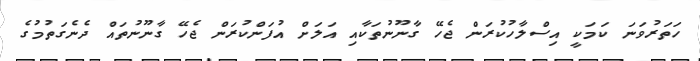
ހަތަރުވަނަ ކަމަކީ އިސްލާހުކުރަން ޖެހޭ ގާނޫނުތަކާއި އަލަށް އުފަންކުރަން ޖެހޭ ގާނޫނުތައް ދެނެގަތުމުގެ